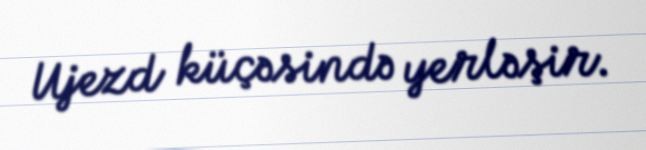
Ujezd küçəsində yerləşir.